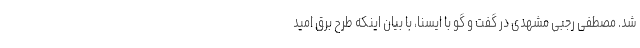
شد. مصطفی رجبی مشهدی در گفت و گو با ایسنا، با بیان اینکه طرح برق امید